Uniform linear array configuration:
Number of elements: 24
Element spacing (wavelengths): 1
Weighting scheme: cosine
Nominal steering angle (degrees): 30
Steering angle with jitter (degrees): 28.737
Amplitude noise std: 0.05
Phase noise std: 0.05

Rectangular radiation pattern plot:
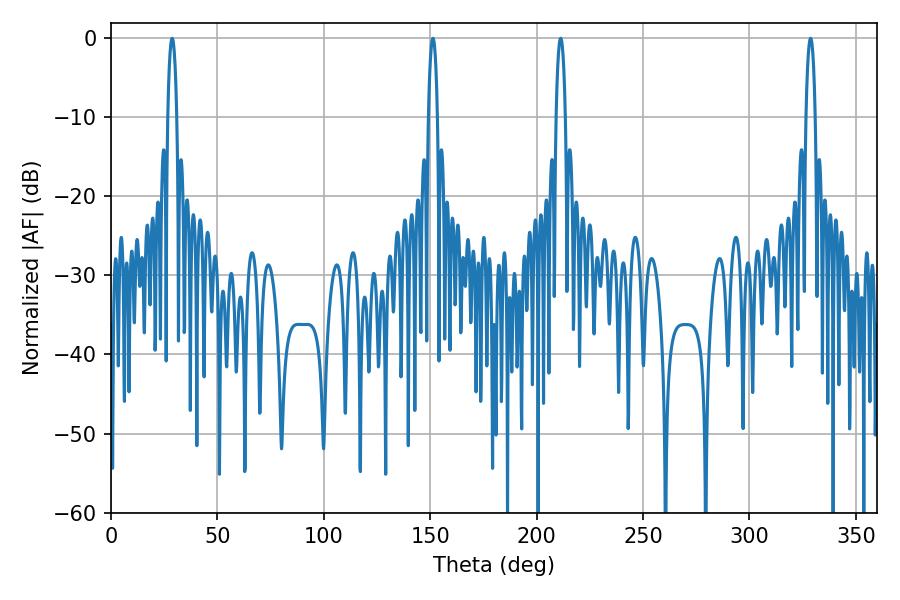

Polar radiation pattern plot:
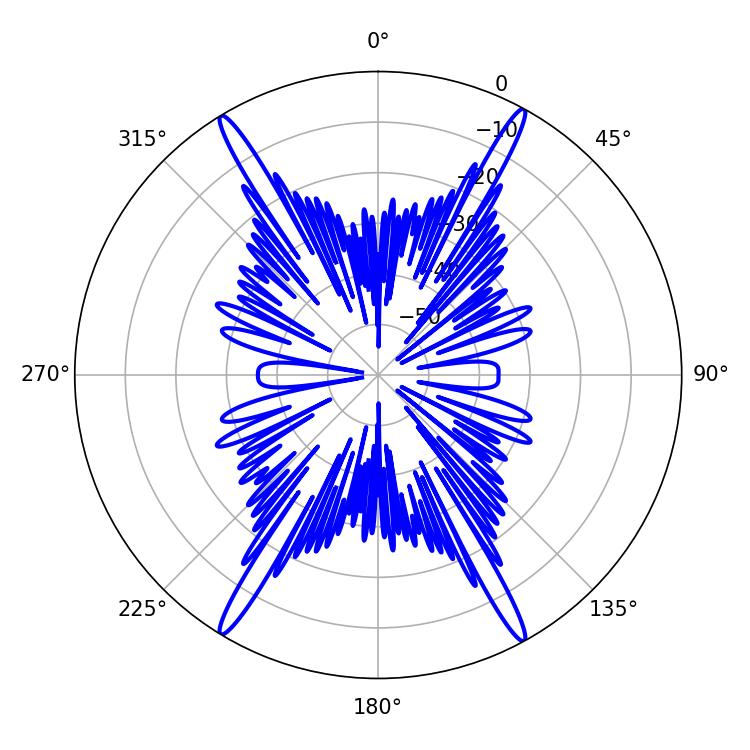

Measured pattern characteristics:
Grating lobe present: TRUE
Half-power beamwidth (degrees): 2.52
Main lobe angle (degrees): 211.32